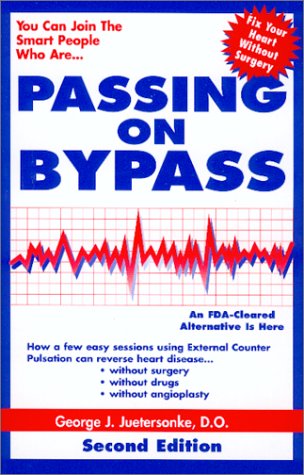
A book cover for Passing on Bypass Using External CounterPulsation : An FDA Cleared Alternative to Treat Heart Disease Without Surgery, Drugs or Angioplasty. SECOND EDITION; George J. Juetersonke; Medical Books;